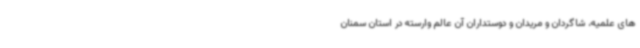
های علمیه، شاگردان و مریدان و دوستداران آن عالم وارسته در استان سمنان